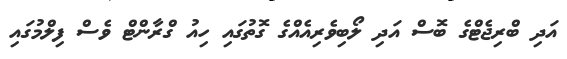
އަދި ބްރިޖެޓްގެ ބޮސް އަދި ލޯބިވެރިއެއްގެ ގޮތުގައި ހިއު ގްރާންޓް ވެސް ފިލްމުގައި